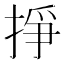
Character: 掙